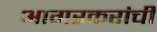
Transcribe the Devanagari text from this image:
आगरकरांची